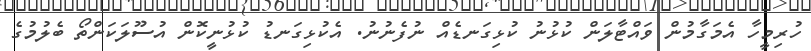
ހުރިމީހާ އެމަގާމުން ވައްޓާލަން ކުޅުނު ކުޅިގަނޑެއް ނުފެނުނު. އެކުޅިގަނޑު ކުޅުނީކޮން އުސޫލަކަންތޯ ބެލުމުގެ